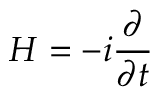
H = - i \frac { \partial } { \partial t }